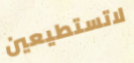
لاتستطيعين